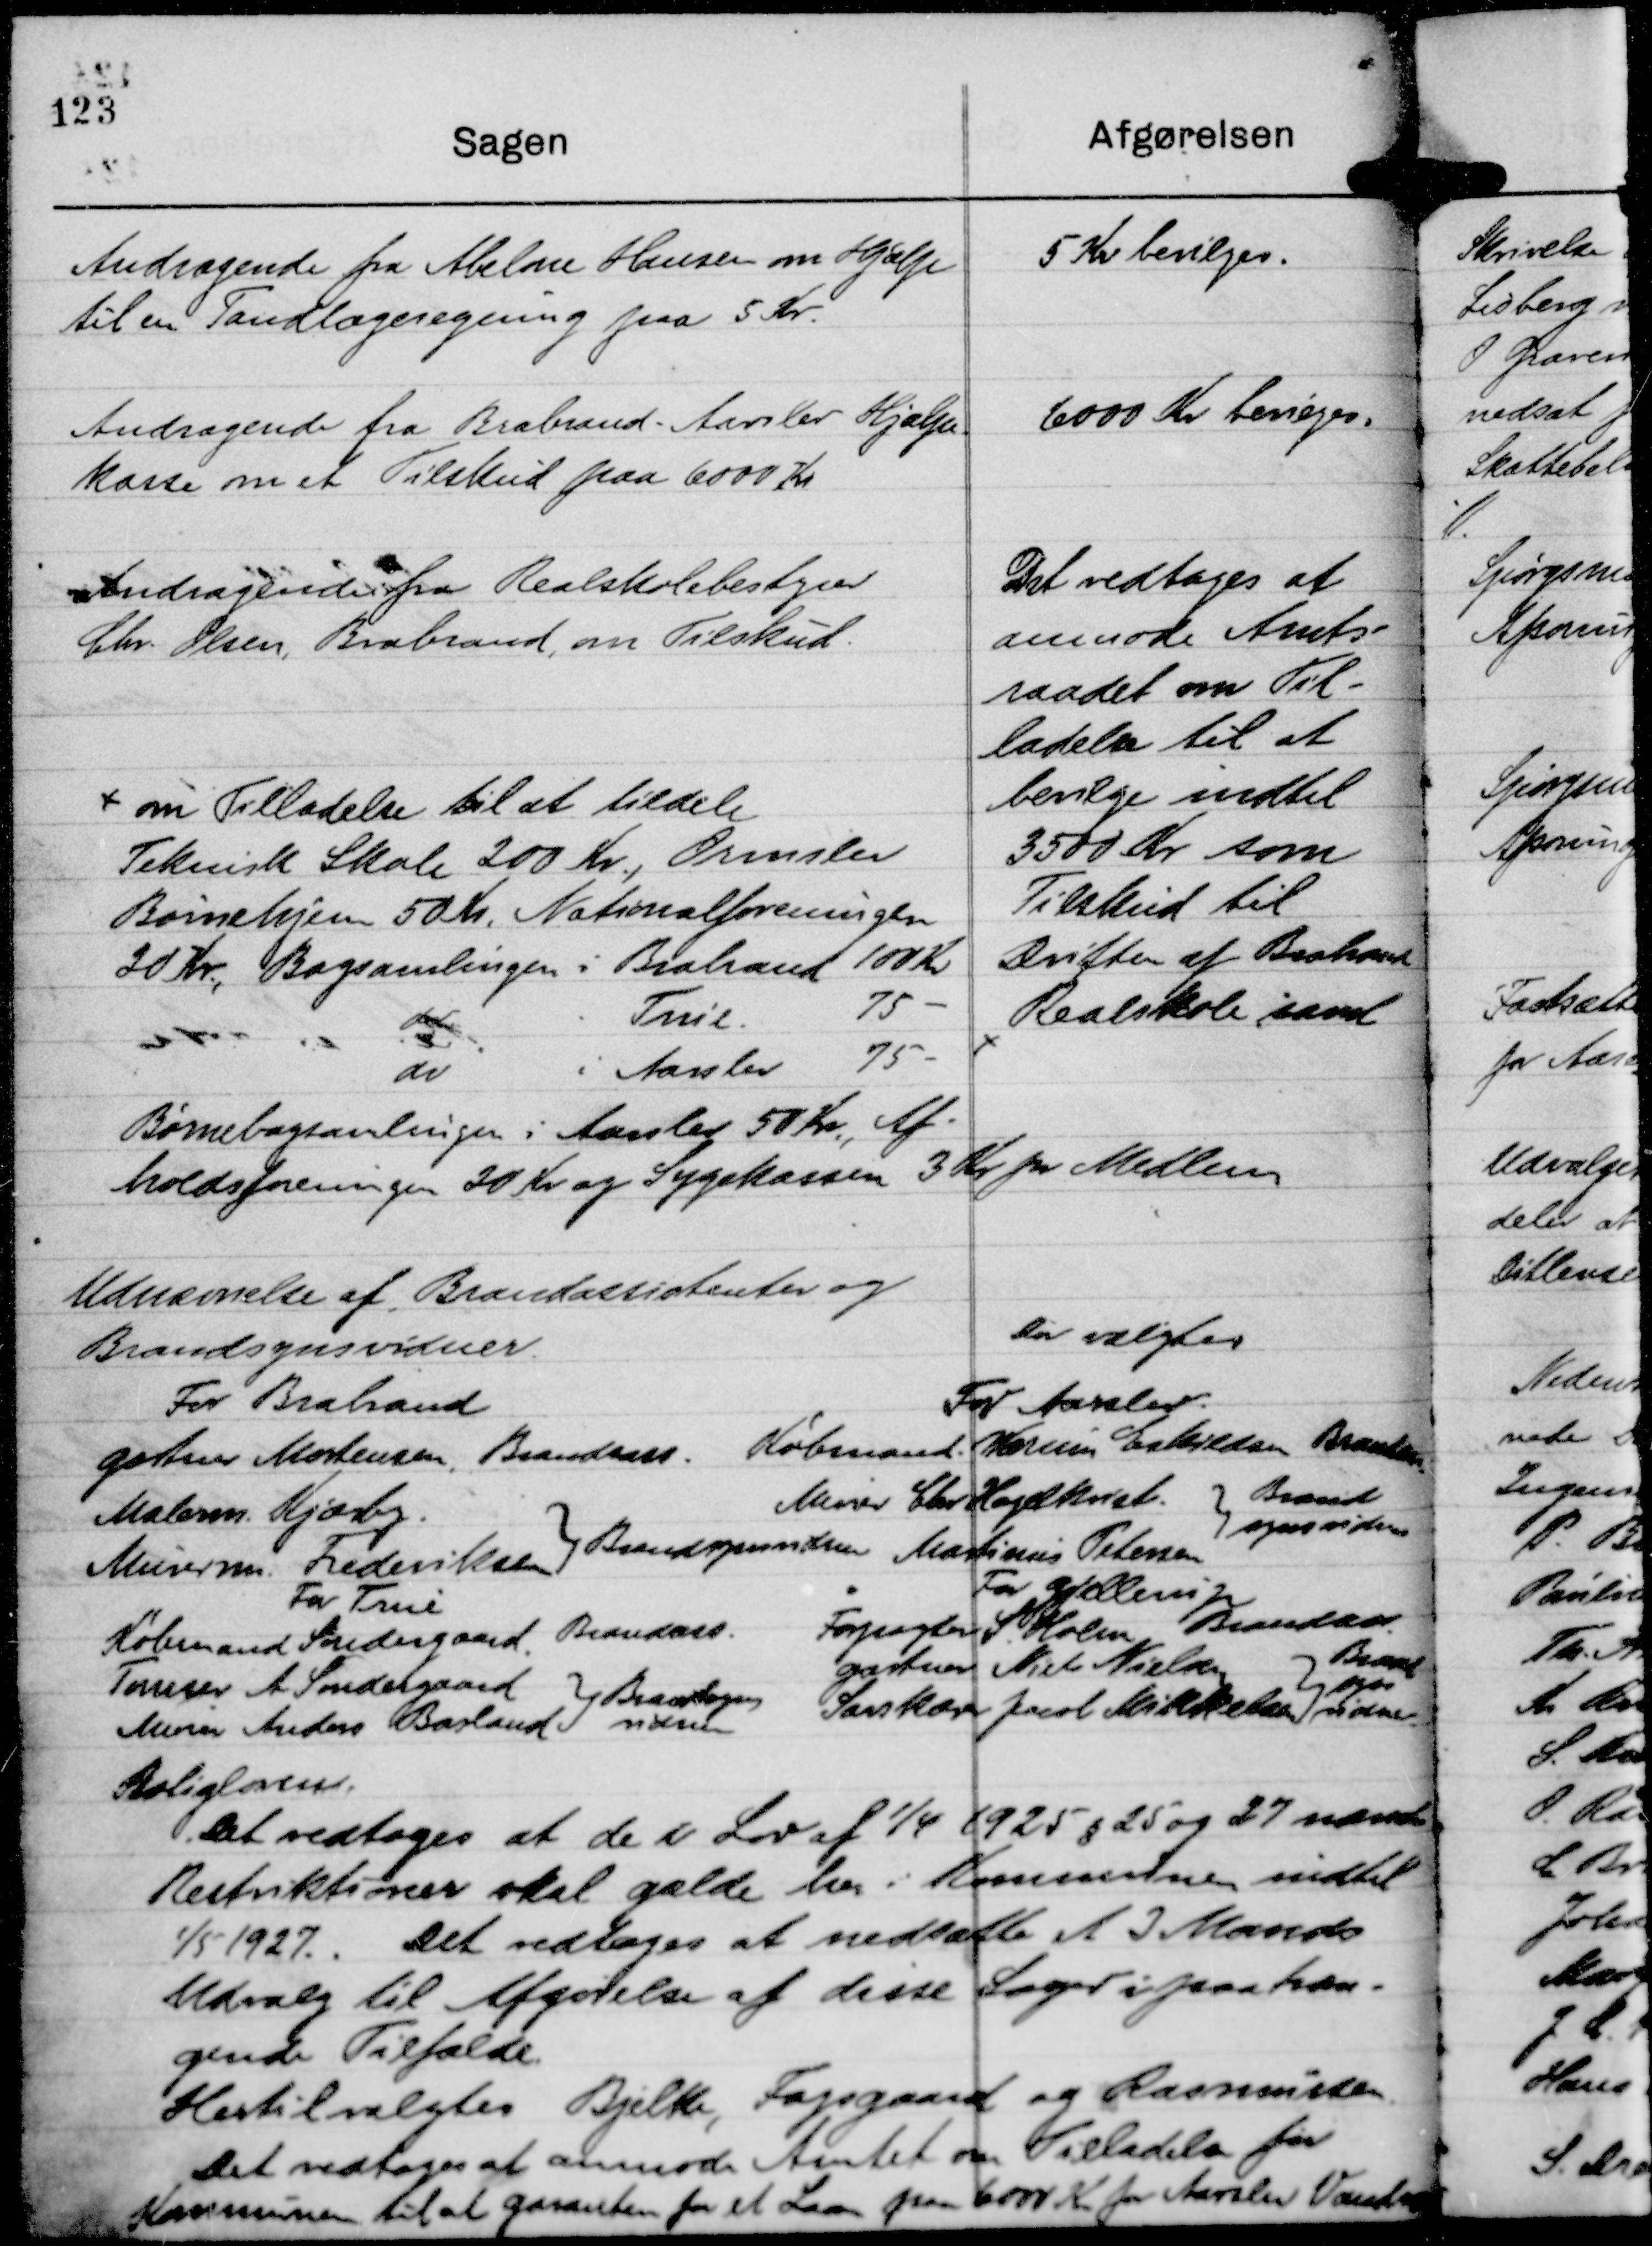
Transskription:
Andragende fra Abelone Hansen om Hjælp
til en Tandlægeregning paa 5 Kr.

5 Kr bevilges.

Andragende fra Brabrand - Aarslev Hjælpe-
kasse om et Tilskud paa 6000 Kr

6000 Kr bevieges.

Andragende fra Realskolebestyrer
Chr. Olsen, Brabrand, om Tilskud.

Det vedtages at
anmode Amts-
raadet om Til-
ladelse til at
bevilge indtil
3500 Kr som
Tilskud til
Driften af Brabrand
Realskole, samt

om Tilladelse til at tildele
Teknisk Skole 200 Kr., Ormslev
Børnehjem 50 Kr, Nationalforeningen
20 Kr., Bogsamlingen i Brabrand 100 Kr
do
. True
75 -
do
i Aarslev
75 -
Børnebogsamlingen i Aarslev 50 Kr., Af-
holdsforeningen 20 Kr og Sygekassen 3 Kr pr Medlem

Udnævnelse af Brandassistenter og
Brandsynsvidner.
Der valgtes

For Brabrand
gartner Mortensen, Brandass.
Malerm. Kjærby
Murerm. Frederiksen
Brandsynsvidner
For True
Købmand Søndergaard, Brandass.
Tømrer A Søndergaard
Murer Anders Basland
Brandsyns
vidner

For Aarslev
Købmand Wærum Eskildsen Brandass.
Murer Chr Hagelkvist
Martinus Petersen
Brand
synsvidner
For Gjellerup
Forpagter S Holm Brandass.
gartner Niels Nielsen
Savskærer Jacob Mikkelsen
Brand
syns
vidner.

Boligloven.
Det vedtoges at de i Lov af 1/4 1925 § 25 og 27 nævnte
Restriktioner skal gælde her i Kommunen indtil
1/5 1927. Det vedtages nedsætte et 3 Mands
Udvalg til Afgørelse af disse Sager i paatræn-
gende Tilfælde.
Hertil valgtes Bjelke, Fogsgaard og Rasmussen.
Det vedtoges at anmode Amtet om Tilladelse for
Kommunen til at garantere for et Laan paa 6000 Kr for Aarslev Vandværk